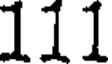
111